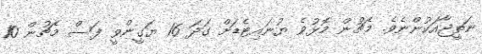
ނަތީޖާއަކުންނެވެ. މެޗުން މޮޅުވެ ޔުނައިޓެޑަށް ގަދަ 16 ޔަގީންވީ ފަސް މެޗުން 10